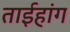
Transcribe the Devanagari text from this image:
ताईहांग